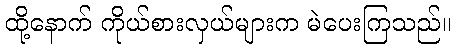
ထို့နောက် ကိုယ်စားလှယ်များက မဲပေးကြသည်။